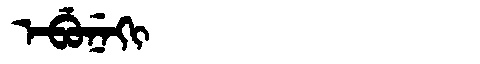
Manchu: ᡝᠪᡠᠨᡝᡴᡳ
Romanization: EBUNEKI